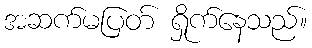
အဆက်မပြတ် ရှိုက်နေသည်။